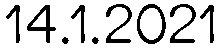
14.1.2021